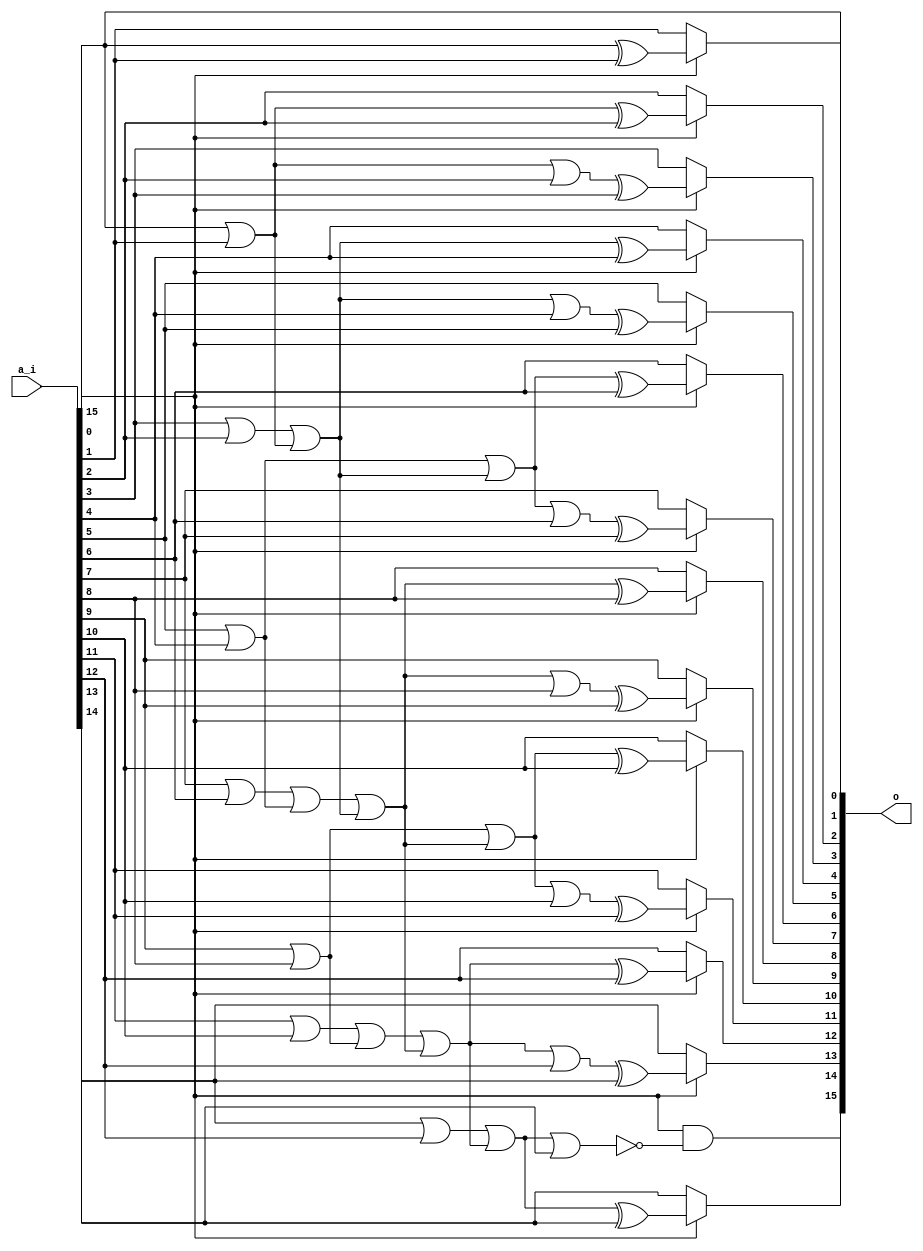
/* Generated by Yosys 0.27+9 (git sha1 101d19bb6, gcc 11.2.0-7ubuntu2 -fPIC -Os) */

(* top =  1  *)

module bsg_abs(a_i, o);
  wire _00_;
  wire _01_;
  wire _02_;
  wire _03_;
  wire _04_;
  wire _05_;
  wire _06_;
  wire _07_;
  wire _08_;
  wire _09_;
  wire _10_;
  wire _11_;
  wire _12_;
  wire _13_;
  wire _14_;
  wire _15_;
  wire _16_;
  wire _17_;
  wire _18_;
  wire _19_;
  wire _20_;
  wire _21_;
  wire _22_;
  wire _23_;
  wire _24_;
  wire _25_;
  wire _26_;
  wire _27_;
  wire _28_;
  wire _29_;
  wire _30_;
  wire _31_;
  wire _32_;
  wire _33_;
  wire _34_;
  wire _35_;
  
  input [15:0] a_i;
  wire [15:0] a_i;
  
  output [15:0] o;
  wire [15:0] o;
  assign _00_ = a_i[0] ^ a_i[1];
  assign o[1] = a_i[15] ? _00_ : a_i[1];
  assign _01_ = a_i[0] | a_i[1];
  assign _02_ = _01_ ^ a_i[2];
  assign o[2] = a_i[15] ? _02_ : a_i[2];
  assign _03_ = _01_ | a_i[2];
  assign _04_ = _03_ ^ a_i[3];
  assign o[3] = a_i[15] ? _04_ : a_i[3];
  assign _05_ = a_i[3] | a_i[2];
  assign _06_ = _05_ | _01_;
  assign _07_ = _06_ ^ a_i[4];
  assign o[4] = a_i[15] ? _07_ : a_i[4];
  assign _08_ = _06_ | a_i[4];
  assign _09_ = _08_ ^ a_i[5];
  assign o[5] = a_i[15] ? _09_ : a_i[5];
  assign _10_ = a_i[5] | a_i[4];
  assign _11_ = _10_ | _06_;
  assign _12_ = _11_ ^ a_i[6];
  assign o[6] = a_i[15] ? _12_ : a_i[6];
  assign _13_ = _11_ | a_i[6];
  assign _14_ = _13_ ^ a_i[7];
  assign o[7] = a_i[15] ? _14_ : a_i[7];
  assign _15_ = a_i[7] | a_i[6];
  assign _16_ = _15_ | _10_;
  assign _17_ = _16_ | _06_;
  assign _18_ = _17_ ^ a_i[8];
  assign o[8] = a_i[15] ? _18_ : a_i[8];
  assign _19_ = _17_ | a_i[8];
  assign _20_ = _19_ ^ a_i[9];
  assign o[9] = a_i[15] ? _20_ : a_i[9];
  assign _21_ = a_i[9] | a_i[8];
  assign _22_ = _21_ | _17_;
  assign _23_ = _22_ ^ a_i[10];
  assign o[10] = a_i[15] ? _23_ : a_i[10];
  assign _24_ = _22_ | a_i[10];
  assign _25_ = _24_ ^ a_i[11];
  assign o[11] = a_i[15] ? _25_ : a_i[11];
  assign _26_ = a_i[11] | a_i[10];
  assign _27_ = _26_ | _21_;
  assign _28_ = _27_ | _17_;
  assign _29_ = _28_ ^ a_i[12];
  assign o[12] = a_i[15] ? _29_ : a_i[12];
  assign _30_ = _28_ | a_i[12];
  assign _31_ = _30_ ^ a_i[13];
  assign o[13] = a_i[15] ? _31_ : a_i[13];
  assign _32_ = a_i[13] | a_i[12];
  assign _33_ = _32_ | _28_;
  assign _34_ = _33_ ^ a_i[14];
  assign o[14] = a_i[15] ? _34_ : a_i[14];
  assign _35_ = _33_ | a_i[14];
  assign o[15] = a_i[15] & ~(_35_);
  assign o[0] = a_i[0];
endmodule